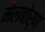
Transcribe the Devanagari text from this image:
मेलबोर्ण